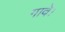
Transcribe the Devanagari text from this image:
गावे।